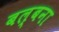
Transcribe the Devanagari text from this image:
बल्बना